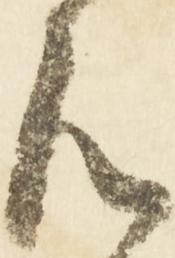
御